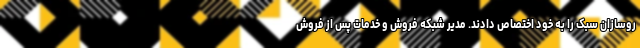
روسازان سبک را به خود اختصاص دادند. مدیر شبکه فروش و خدمات پس از فروش